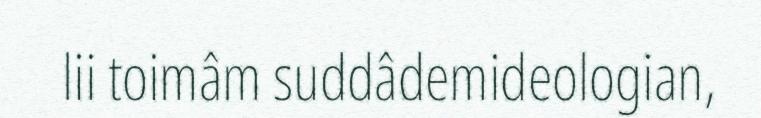
lii toimâm suddâdemideologian,